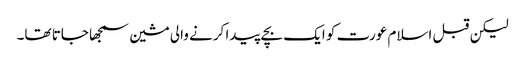
لیکن قبل اسلام عورت کو ایک بچے پیدا کرنے والی مشین سمجھا جاتا تھا۔